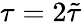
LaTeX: \tau=2\tilde{\tau}